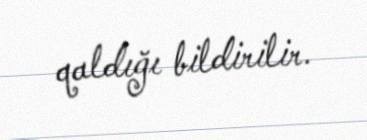
qaldığı bildirilir.